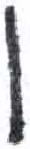
אות: ו